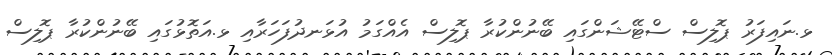
ޅ.ނައިފަރު ޕޮލިސް ސްޓޭޝަންގައި ބޭނުންކުރާ ޕޮލިސް އެއްގަމު އުޅަނދުފަހަރާއި ޅ.އަތޮޅުގައި ބޭނުންކުރާ ޕޮލިސް